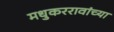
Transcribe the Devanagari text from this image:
मधुकररावांच्या